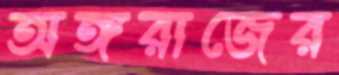
অঙ্গরাজের